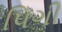
પિગી